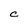
Character: C